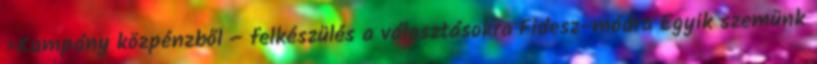
›Kampány közpénzből – felkészülés a választásokra Fidesz-módra Egyik szemünk